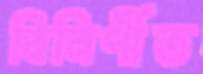
বিনির্ণীত